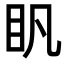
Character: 𥃵